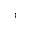
^ { 3 }